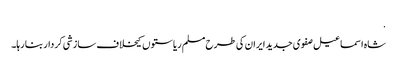
.
شاہ اسماعیل صفوی جدید ایران کی طرح مسلم ریاستوں کیخلاف سازشی کردار بنا رہا۔